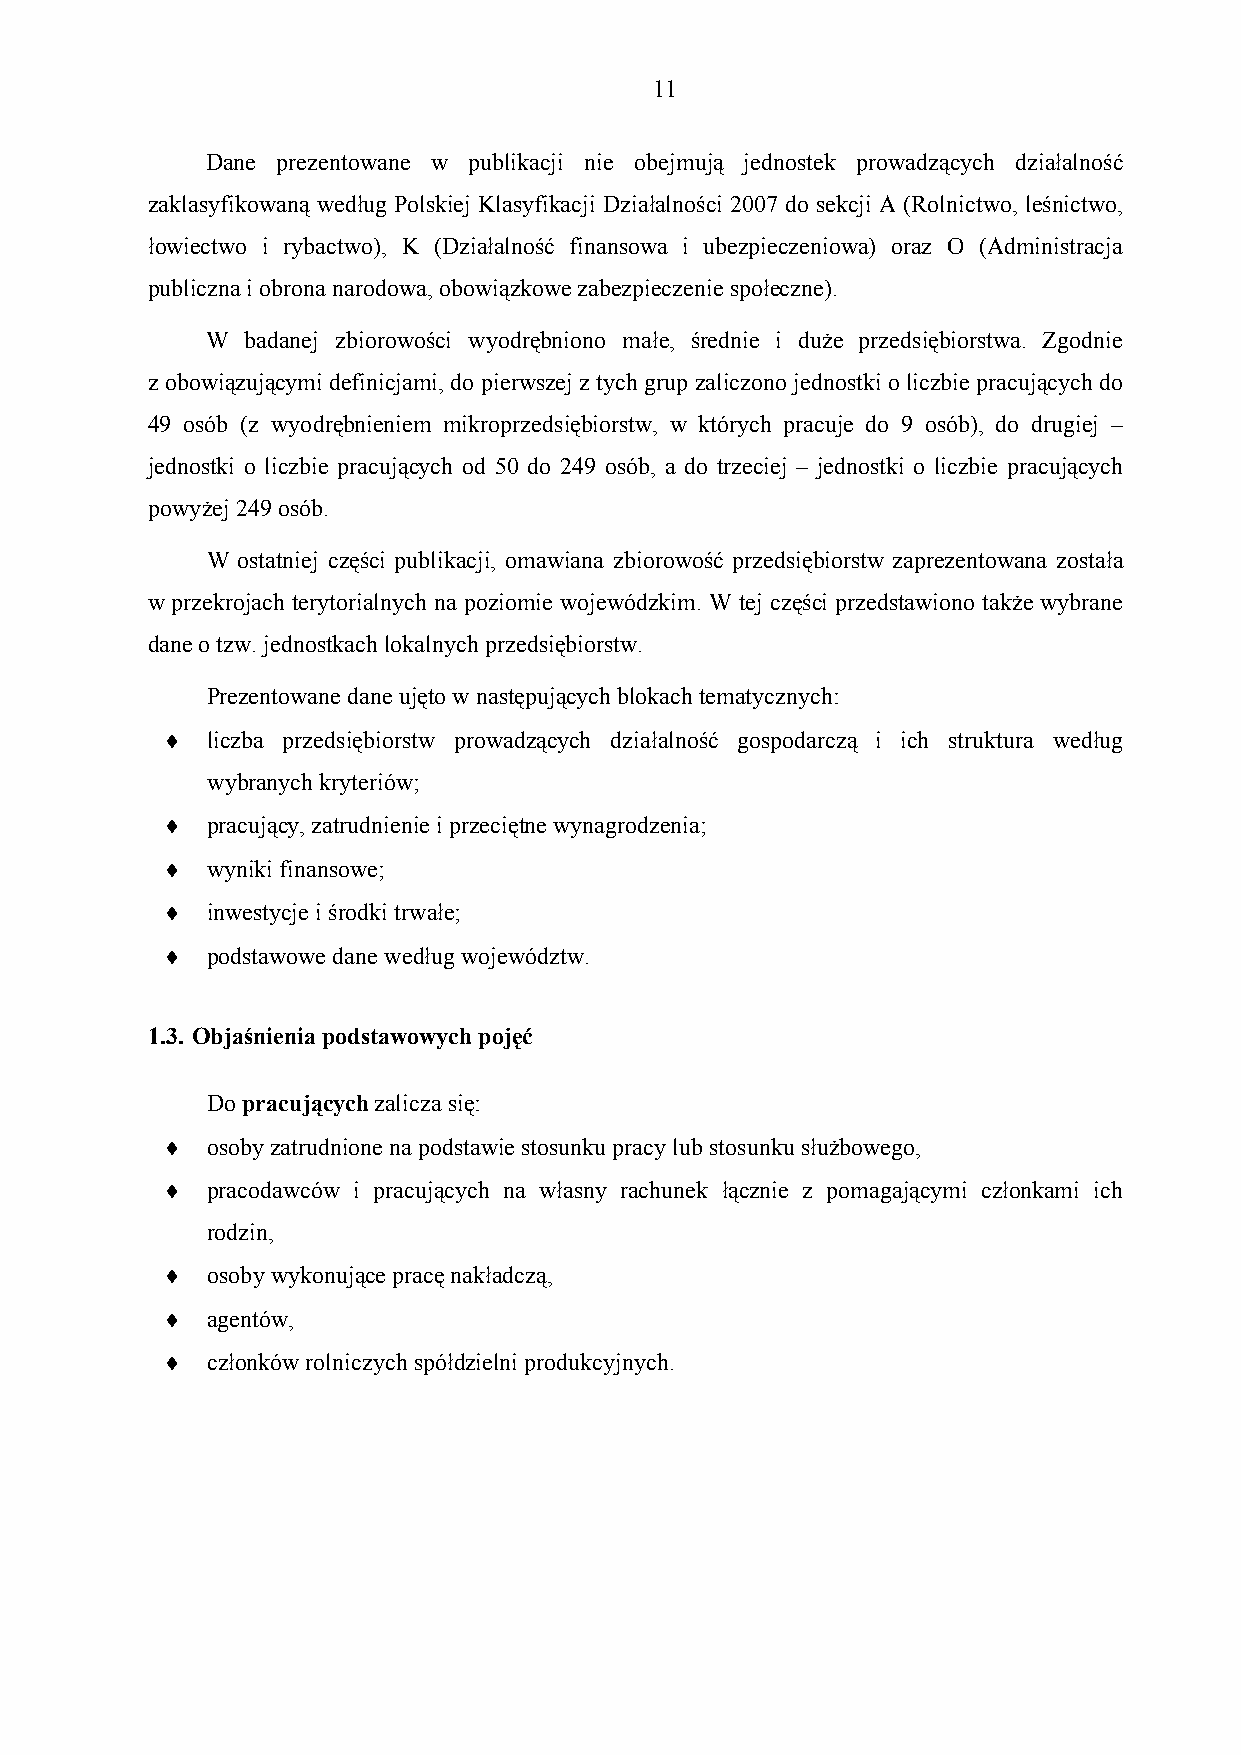
1 1
 Dane prezentowane w publikacji nie obejmują jednostek prowadzących działalność
 zaklasyfikowaną według Polskiej Klasyfikacji Działalności 2007 do sekcji A (Rolnictwo, leśnictwo,
 łowiectwo i rybactwo), K (Działalność finansowa i ubezpieczeniowa) oraz O (Administracja
 publiczna i obrona narodowa, obowiązkowe zabezpieczenie społeczne).
 W badanej zbiorowości wyodrębniono małe, średnie i duże przedsiębiorstwa. Zgodnie
 z obowiązującymi definicjami, do pierwszej z tych grup zaliczono jednostki o liczbie pracujących do
 49 osób (z wyodrębnieniem mikroprzedsiębiorstw, w których pracuje do 9 osób), do drugiej –
 jednostki o liczbie pracujących od 50 do 249 osób, a do trzeciej – jednostki o liczbie pracujących
 powyżej 249 osób.
 W ostatniej części publikacji, omawiana zbiorowość przedsiębiorstw zaprezentowana została
 w przekrojach terytorialnych na poziomie wojewódzkim. W tej części przedstawiono także wybrane
 dane o tzw. jednostkach lokalnych przedsiębiorstw.
 Prezentowane dane ujęto w następujących blokach tematycznych:
   liczba przedsiębiorstw prowadzących działalność gospodarczą i ich struktura według
 wybranych kryteriów;
   pracujący, zatrudnienie i przeciętne wynagrodzenia;
   wyniki finansowe;
   inwestycje i środki trwałe;
   podstawowe dane według województw.
 1.3. Objaśnienia podstawowych pojęć
 Do pracujących zalicza się:
   osoby zatrudnione na podstawie stosunku pracy lub stosunku służbowego,
   pracodawców i pracujących na własny rachunek łącznie z pomagającymi członkami ich
 rodzin,
   osoby wykonujące pracę nakładczą,
   agentów,
   członków rolniczych spółdzielni produkcyjnych.